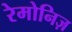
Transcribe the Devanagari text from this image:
रेमोनिज़